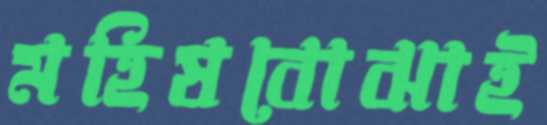
মহিষবোঝাই